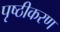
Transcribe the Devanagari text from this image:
पृष्ठीकरण